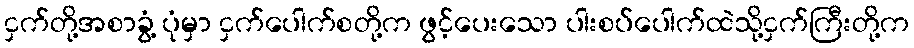
ငှက်တို့အစာခွံ့ ပုံမှာ ငှက်ပေါက်စတို့က ဖွင့်ပေးသော ပါးစပ်ပေါက်ထဲသို့ငှက်ကြီးတို့က